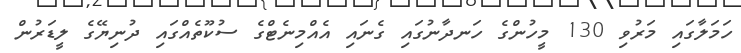
ހަމަލާގައި މަރުވި 130 މީހުންގެ ހަނދާނުގައި ގެނައި އެއްމިނެޓްގެ ސުކޫތެއްގައި ދުނިޔޭގެ ލީޑަރުން